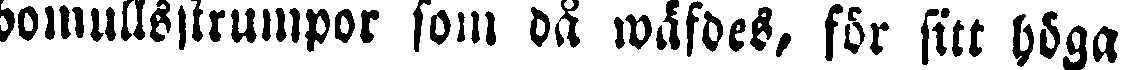
bomullsstrumpor som då wäfdes, för sitt höga